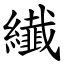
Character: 纎